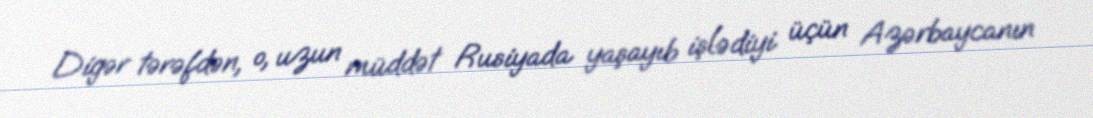
Digər tərəfdən, o, uzun müddət Rusiyada yaşayıb işlədiyi üçün Azərbaycanın